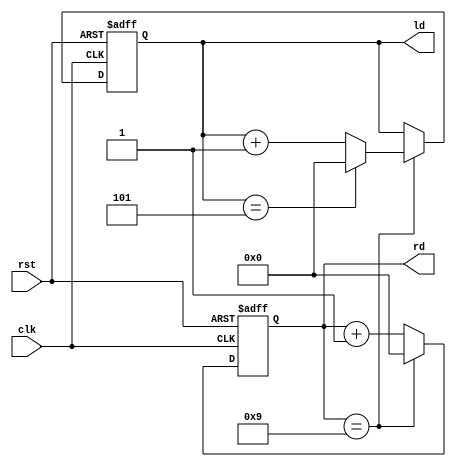
module sixty_counter(clk,rst,ld,rd);
input clk,rst;
output reg [3:0] rd = 0, ld = 0;


always @(posedge clk or negedge rst) 
begin

if (~rst) begin
    ld <= 0;
    rd <=0;
end
else begin
// Check if right digit "rd" is 9 reset rd to 0 and check if left digit ld is 5 then 
// reset it to zero else increment the ld, if rd isn't 9 increment it.
    if (rd == 9) begin
        rd <= 0;
        if (ld == 5) begin
            ld <= 0;
        end
        else begin
            ld <= ld + 1;
        end
    end
    else begin
        rd <= rd + 1;
    end
end

end
endmodule